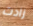
زادت